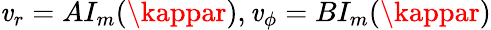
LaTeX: \mathit{v}_{r}=AI_{m}(\kappar),\mathit{v}_{\phi}=BI_{m}(\kappar)